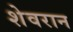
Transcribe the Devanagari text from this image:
शेवरान